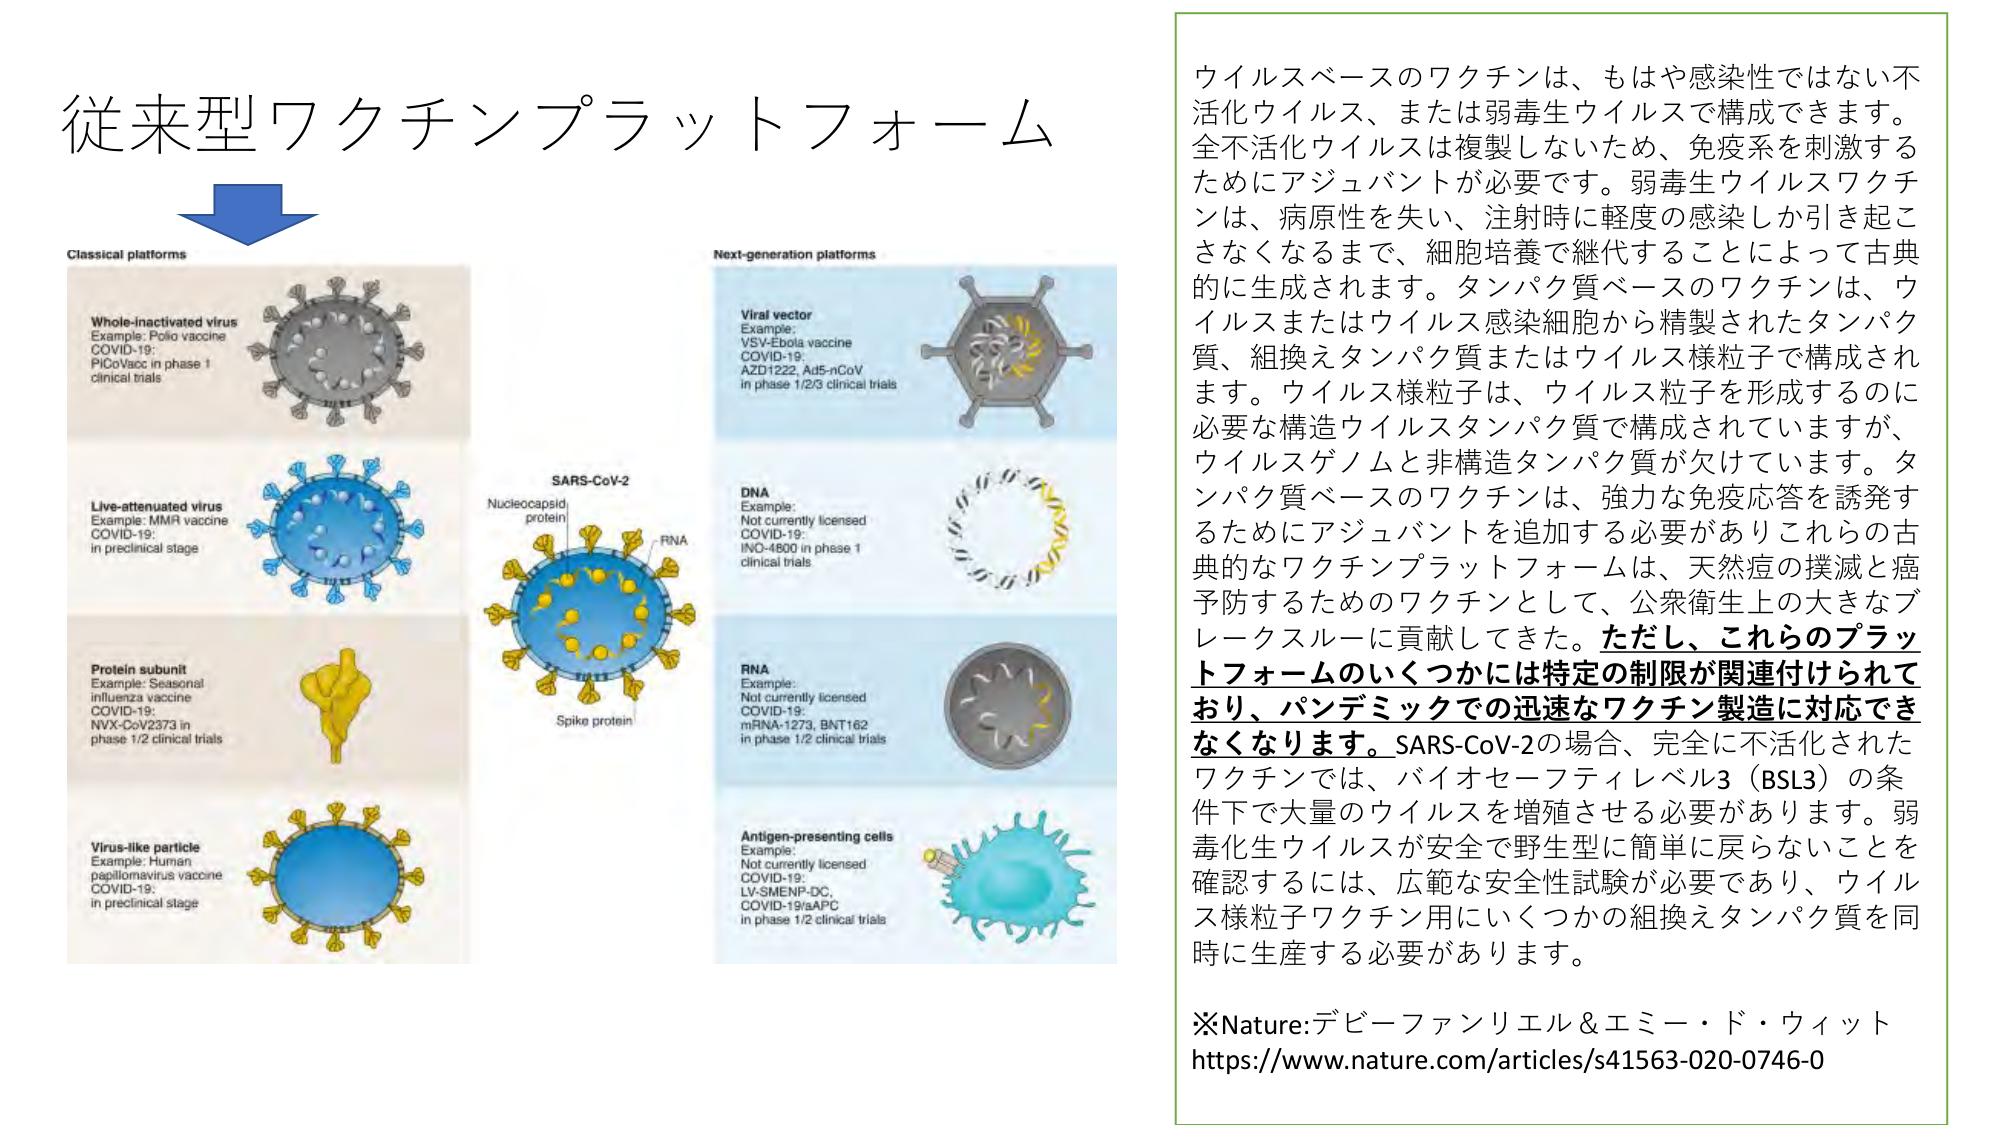
従来型ワクチンプラットフォーム

Classical platforms
Whole-inactivated virus
Example: Polio vaccine
COVID-19:
PiCoVac in phase 1
clinical trials

Live-attenuated virus
Example: MMR vaccine
COVID-19:
in preclinical stage

Protein subunit
Example: Seasonal
influenza vaccine
COVID-19:
NVX-CoV2373 in
phase 1/2 clinical trials

Virus-like particle
Example: Human
papillomavirus vaccine
COVID-19:
in preclinical stage

SARS-CoV-2
Nucleocapsid
protein
RNA
Spike protein

Next-generation platforms
Viral vector
Example:
VSV-Ebola vaccine
COVID-19:
AZD1222, Ad5-nCoV
in phase 1/2/3 clinical trials

DNA
Example:
Not currently licensed
COVID-19:
INO-4800 in phase 1
clinical trials

RNA
Example:
Not currently licensed
COVID-19:
mRNA-1273, BNT162
in phase 1/2 clinical trials

Antigen-presenting cells
Example:
Not currently licensed
COVID-19:
LV-SMENP-DC,
COVID-19/aAPC
in phase 1/2 clinical trials

ウイルスベースのワクチンは、もはや感染性ではない不活化ウイルス、または弱毒生ウイルスで構成できます。全不活化ウイルスは複製しないため、免疫系を刺激するためにアジュバントが必要です。弱毒生ウイルスワクチンは、病原性を失い、注射時に軽度の感染しか引き起こさなくなるまで、細胞培養で継代することによって古典的に生成されます。タンパク質ベースのワクチンは、ウイルスまたはウイルス感染細胞から精製されたタンパク質、組換えタンパク質またはウイルス様粒子で構成されます。ウイルス様粒子は、ウイルス粒子を形成するのに必要な構造ウイルスタンパク質で構成されていますが、ウイルスゲノムと非構造タンパク質が欠けています。タンパク質ベースのワクチンは、強力な免疫応答を誘発するためにアジュバントを追加する必要がありこれらの古典的なワクチンプラットフォームは、天然痘の撲滅と癌予防するためのワクチンとして、公衆衛生上の大きなブレークスルーに貢献してきました。ただし、これらのプラットフォームのいくつかには特定の制限が関連付けられており、パンデミックでの迅速なワクチン製造に対応できなくなります。SARS-CoV-2の場合、完全に不活化されたワクチンでは、バイオセーフティレベル3（BSL3）の条件下で大量のウイルスを増殖させる必要があります。弱毒化生ウイルスが安全で野生型に簡単に戻らないことを確認するには、広範な安全性試験が必要であり、ウイルス様粒子ワクチン用にいくつかの組換えタンパク質を同時に生産する必要があります。

※Nature:デビーファンリエル＆エミー・ド・ウィット
https://www.nature.com/articles/s41563-020-0746-0